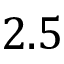
2 . 5